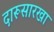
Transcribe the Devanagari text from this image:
दारूसारखा